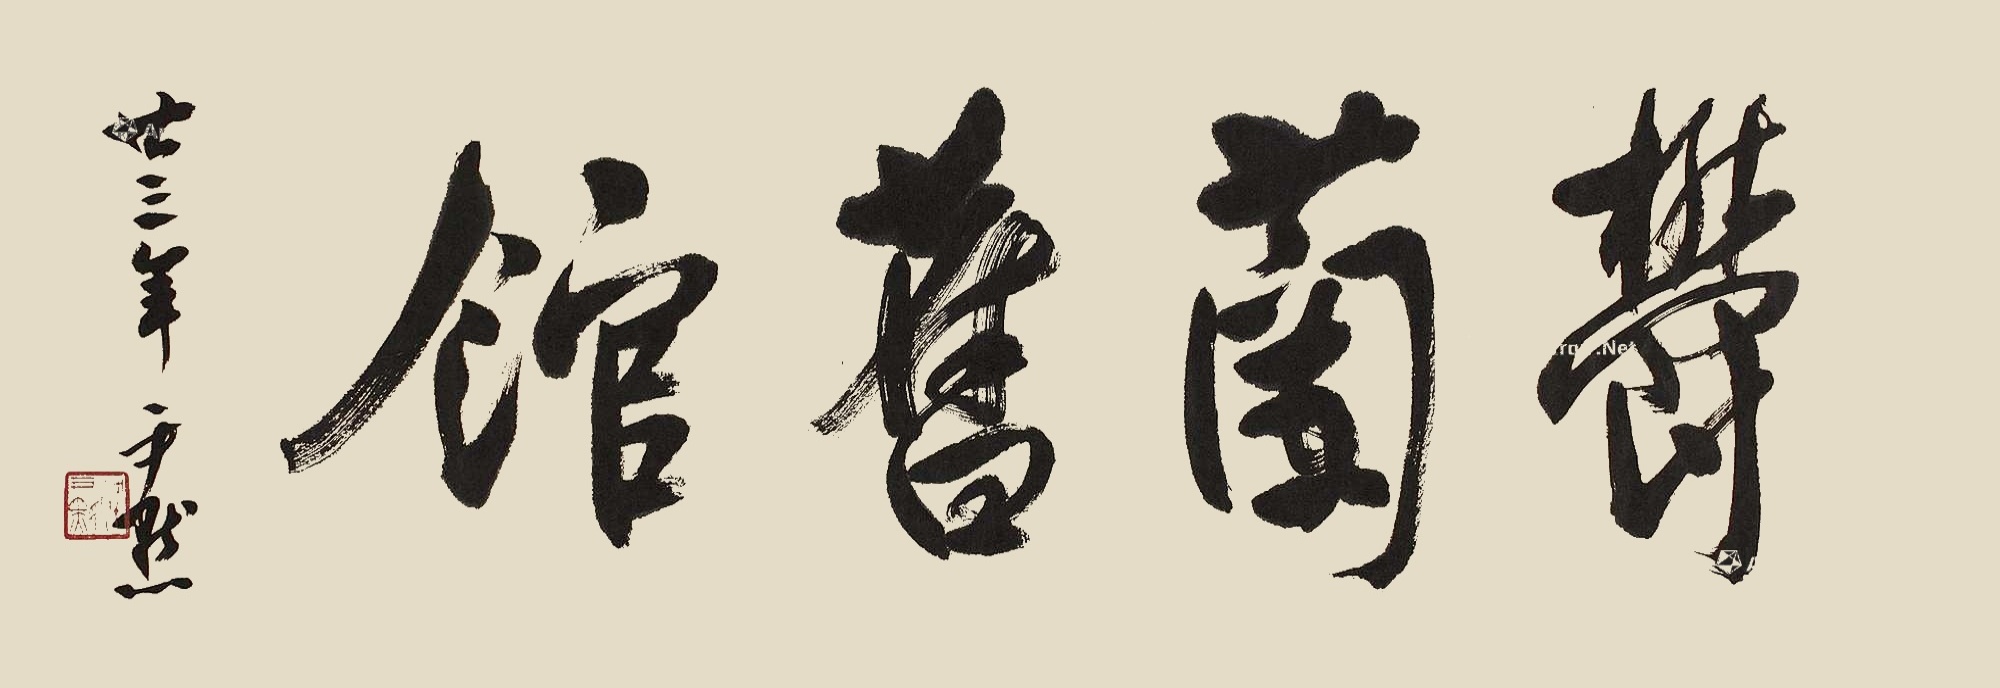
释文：郁兰旧馆。廿三年，尹默。